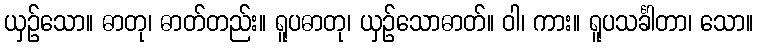
ယှဉ်သော။ ဓာတု၊ ဓာတ်တည်း။ ရူပဓာတု၊ ယှဉ်သောဓာတ်။ ဝါ၊ ကား။ ရူပသင်္ခါတာ၊ သော။